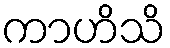
ကာဟိသိ